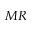
M R